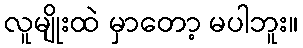
လူမျိုးထဲ မှာတော့ မပါဘူး။